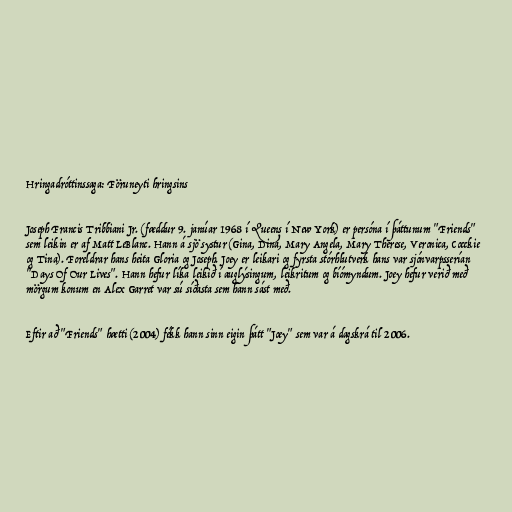
Hringadróttinssaga: Föruneyti hringsins

Joseph Francis Tribbiani Jr. (fæddur 9. janúar 1968 í Queens í New York) er persóna í þáttunum "Friends"
sem leikin er af Matt LeBlanc. Hann á sjö systur (Gina, Dina, Mary Angela, Mary Therese, Veronica, Cocckie
og Tina). Foreldrar hans heita Gloria og Joseph. Joey er leikari og fyrsta stórhlutverk hans var sjónvarpsserían
"Days Of Our Lives". Hann hefur líka leikið í auglýsingum, leikritum og bíómyndum. Joey hefur verið með
mörgum konum en Alex Garret var sú síðasta sem hann sást með.

Eftir að "Friends" hætti (2004) fékk hann sinn eigin þátt "Joey" sem var á dagskrá til 2006.